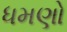
ધમણો